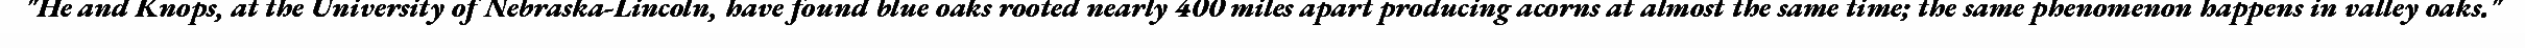
"He and Knops, at the University of Nebraska-Lincoln, have found blue oaks rooted nearly 400 miles apart producing acorns at almost the same time; the same phenomenon happens in valley oaks."